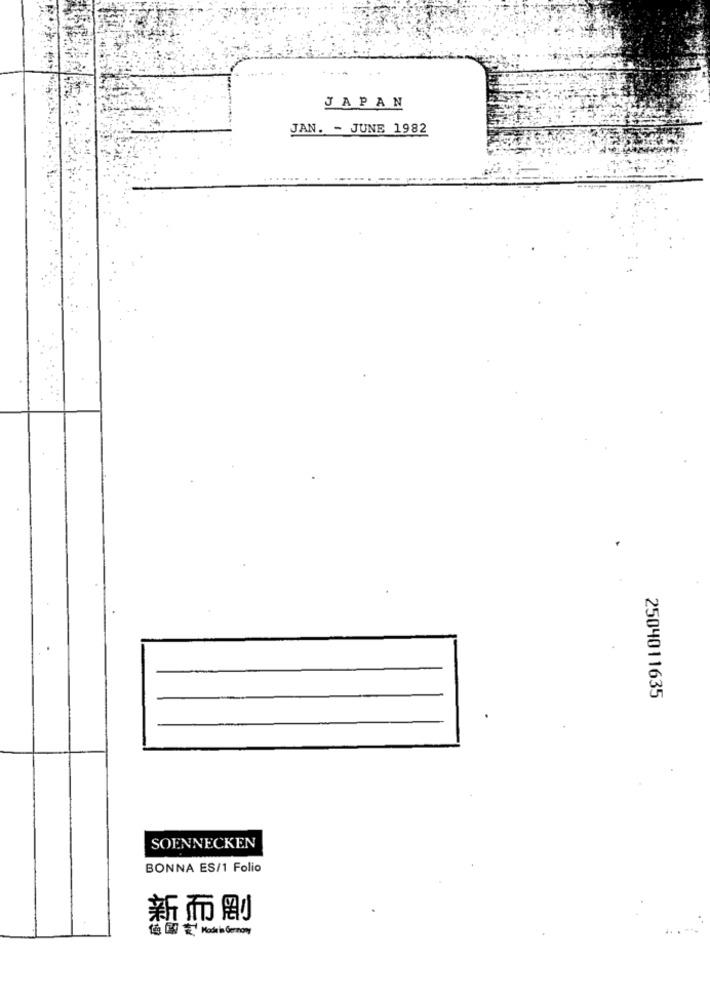
JAPAN
JAN. - JUNE 1982
2504011635
SOENNECKEN
BONNA ES/1 Folio
新而剧
fig [ Mode in Germany